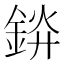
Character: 𬫞